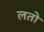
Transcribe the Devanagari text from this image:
लतो